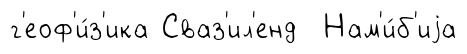
г'еоф'и́з'ика Сваз'ил'енд Нам'и́б'иjа